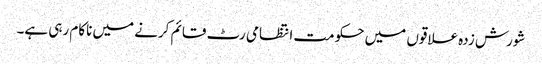
شورش زدہ علاقوں میں حکومت انتظامی رٹ قائم کرنے میں ناکام رہی ہے۔